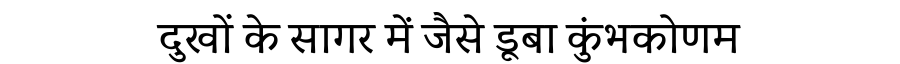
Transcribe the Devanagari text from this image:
दुखों के सागर में जैसे डूबा कुंभकोणम